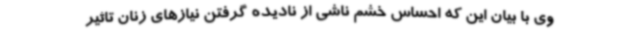
وی با بیان این که احساس خشم ناشی از نادیده گرفتن نیازهای زنان تاثیر